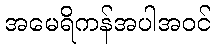
အမေရိကန်အပါအဝင်